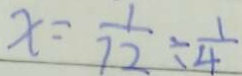
x = \frac { 1 } { 7 2 } \div \frac { 1 } { 4 }